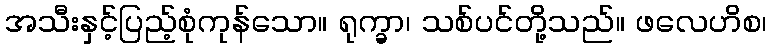
အသီးနှင့်ပြည့်စုံကုန်သော။ ရုက္ခာ၊ သစ်ပင်တို့သည်။ ဖလေဟိစ၊